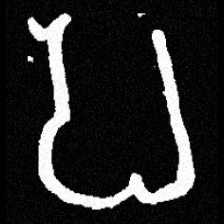
Pyu character \u2014 Myanmar letter: ပ (romanized: pa)